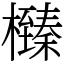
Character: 㰉